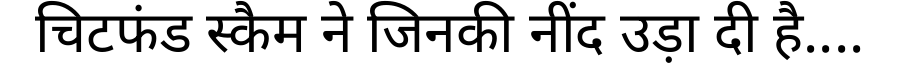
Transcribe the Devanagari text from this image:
चिटफंड स्कैम ने जिनकी नींद उड़ा दी है....